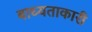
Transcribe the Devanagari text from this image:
बाध्यताकारी